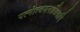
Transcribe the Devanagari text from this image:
पत्नीत्वमनायियापि